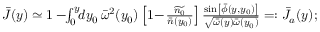
\begin{array} { r } { \bar { J } ( y ) \simeq 1 - \! \! \int _ { 0 } ^ { y } \! \! d y _ { 0 } \, { \bar { \omega } } ^ { 2 } ( y _ { 0 } ) \left[ 1 \! - \! \frac { \widetilde { n _ { 0 } } } { \bar { n } ( y _ { 0 } ) } \right] \frac { \sin \left[ \bar { \phi } ( y , y _ { 0 } ) \right] } { \sqrt { { \bar { \omega } } ( y ) { \bar { \omega } } ( y _ { 0 } ) } } = : \bar { J } _ { a } ( y ) ; } \end{array}